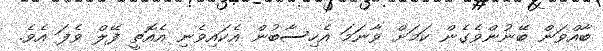
ބާއްވަން ބޭނުންވެެގެން ކަމަށް ވާނަމަ އެހިސާބުން އެކައިވެނި އެއޮތީ ފޭލް ވެފަ އެވެ.